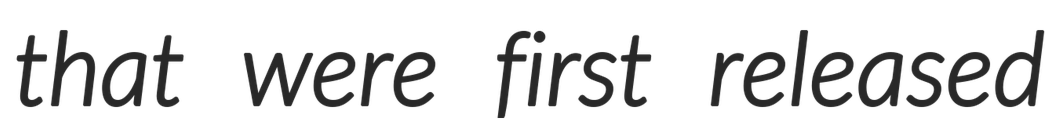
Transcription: that were first released